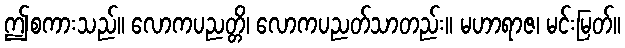
ဤစကားသည်။ လောကပညတ္တိ၊ လောကပညတ်သာတည်း။ မဟာရာဇ၊ မင်းမြတ်။